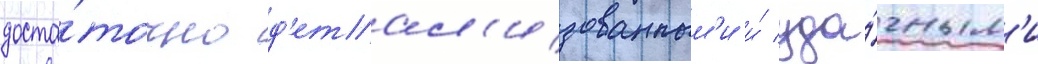
доста́точно д'етал'изованным'и и́ уда́чным'и